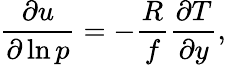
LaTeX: \frac{\partial u}{\partial\ln{p}}=-\frac{R}{f}\frac{\partial T}{\partial y},